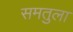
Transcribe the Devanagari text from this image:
समतुला